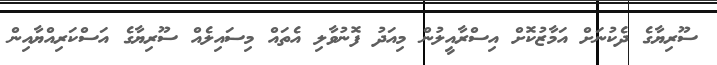
ސޫރިޔާގެ ދެކުނަށް އަމާޒުކޮށް އިސްރާއީލުން މިއަދު ފޮނުވާލި އެތައް މިސައިލެއް ސޫރިޔާގެ އަސްކަރިއްޔާއިން